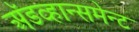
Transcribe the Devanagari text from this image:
अॅडव्हान्समेन्ट